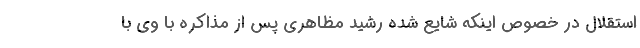
استقلال در خصوص اینکه شایع شده رشید مظاهری پس از مذاکره با وی با